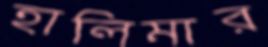
হালিমার